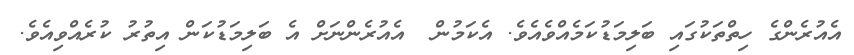
އެއުރެންގެ ހިތްތަކުގައި ބަލިމަޑުކަމެއްވެއެވެ. އެކަމުން  އެއުރެންނަށް އެ ބަލިމަޑުކަން އިތުރު ކުރެއްވިއެވެ.